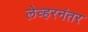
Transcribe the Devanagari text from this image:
लेव्हरनंतर